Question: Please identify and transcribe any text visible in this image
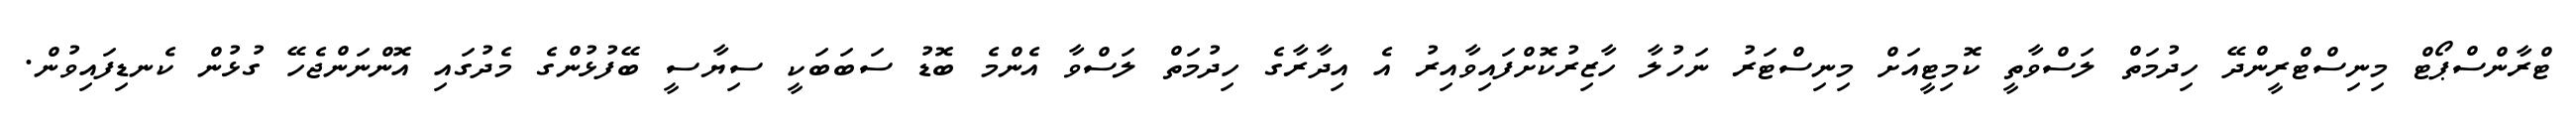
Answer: ޓްރާންސްޕޯޓް މިނިސްޓްރީންދޭ ހިދުމަތް ލަސްވާތީ ކޮމިޓީއަށް މިނިސްޓަރު ނަހުލާ ހާޒިރުކޮށްފައިވާއިރު އެ އިދާރާގެ ހިދުމަތް ލަސްވާ އެންމެ ބޮޑު ސަބަބަކީ ސިޔާސީ ބޭފުޅުންގެ މެދުގައި އޮންނަންޖެހޭ ގުޅުން ކެނޑިފައިވުން.